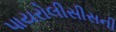
પાયરોલીસીસની